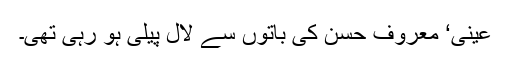
عینی‘ معروف حسن کی باتوں سے لال پیلی ہو رہی تھی۔